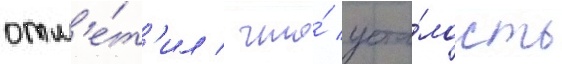
отм'е́т'ил / что́ уста́лость